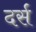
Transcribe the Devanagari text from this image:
दर्स